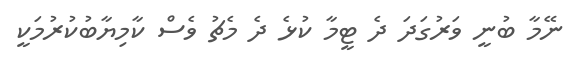
ނޭމާ ބުނީ ވަރުގަދަ ދެ ޓީމާ ކުޅެ ދެ މެޗު ވެސް ކާމިޔާބުކުރުމަކީ